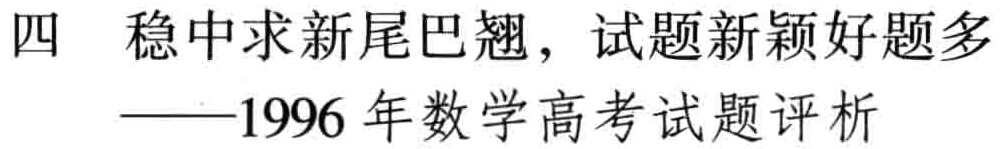
四 稳中求新尾巴翘，试题新颖好题多

——1996 年数学高考试题评析